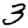
Digit: 3